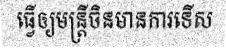
ធ្វើឲ្យមន្ត្រីចិនមានការទើស